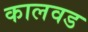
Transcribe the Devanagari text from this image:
कालवड